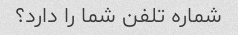
شماره تلفن شما را دارد؟